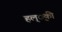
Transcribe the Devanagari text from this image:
हल््की